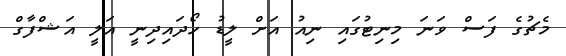
މެޗުގެ ފަަސް ވަނަ މިނިޓުގައި ނިއު އަށް ލީޑު ހޯދައިދިނީ އަލީ އަޝްފާގް